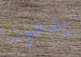
يدعونا